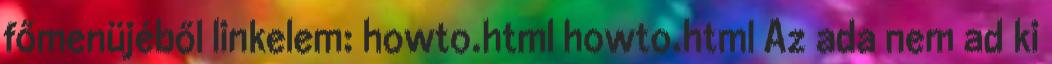
főmenüjéből linkelem: howto.html howto.html Az ada nem ad ki